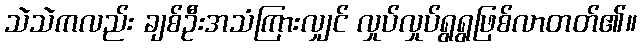
သဲသဲကလည်း ချစ်ဦးအသံကြားလျှင် လှုပ်လှုပ်ရွရွဖြစ်လာတတ်၏။